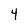
Character: 4